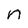
Character: n